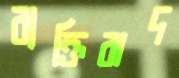
ব্যক্তিবাদ